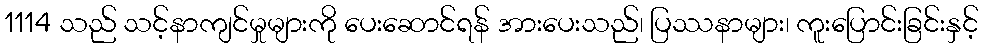
1114 သည် သင့်နာကျင်မှုများကို ပေးဆောင်ရန် အားပေးသည်၊ ပြဿနာများ၊ ကူးပြောင်းခြင်းနှင့်